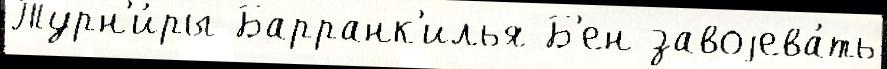
Турн'и́ры Барранк'илья Б'ен завоjева́ть